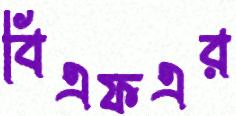
বিএফএর